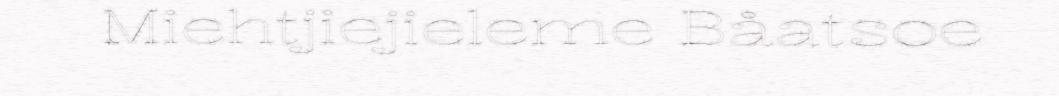
Miehtjiejieleme Båatsoe